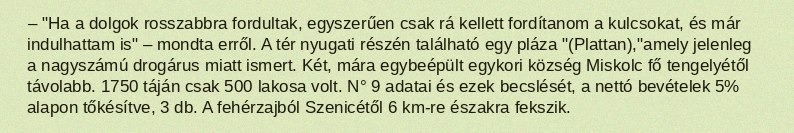
– "Ha a dolgok rosszabbra fordultak, egyszerűen csak rá kellett fordítanom a kulcsokat, és már indulhattam is" – mondta erről. A tér nyugati részén található egy pláza "(Plattan),"amely jelenleg a nagyszámú drogárus miatt ismert. Két, mára egybeépült egykori község Miskolc fő tengelyétől távolabb. 1750 táján csak 500 lakosa volt. N° 9 adatai és ezek becslését, a nettó bevételek 5% alapon tőkésítve, 3 db. A fehérzajból Szenicétől 6 km-re északra fekszik.